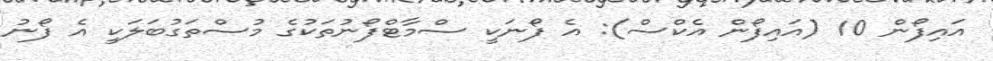
އައިފޯން 10 (އައިފޯން އެކްސް): އެ ފޯނަކީ ސްމާޓްފޯނުތަކުގެ މުސްތަގުބަލަކީ އެ ފޯނު